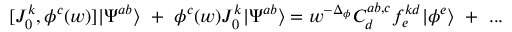
[ J _ { 0 } ^ { k } , \phi ^ { c } ( w ) ] | \Psi ^ { a b } \rangle ~ + ~ \phi ^ { c } ( w ) J _ { 0 } ^ { k } | \Psi ^ { a b } \rangle = w ^ { - \Delta _ { \phi } } C _ { d } ^ { a b , c } f _ { e } ^ { k d } | \phi ^ { e } \rangle ~ + ~ . . .